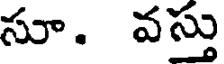
సూ. వస్తు